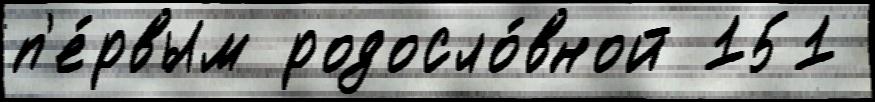
п'е́рвым родосло́вной 151